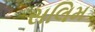
સલિમ